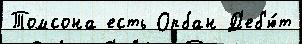
Томсона есть Орбан Д'еб'ю́т